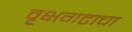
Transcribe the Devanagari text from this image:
वृक्षगटाचा